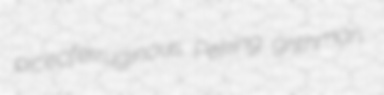
piceoferruginous Peking grithman